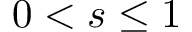
0 < s \le 1